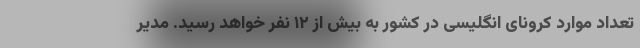
تعداد موارد کرونای انگلیسی در کشور به بیش از ١٢ نفر خواهد رسید. مدیر